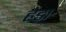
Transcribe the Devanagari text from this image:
हेड़ा